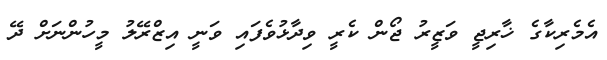
އެމެރިކާގެ ޚާރިޖީ ވަޒީރު ޖޯން ކެރީ ވިދާޅުވެފައި ވަނީ އިޒްރޭލު މީހުންނަށް ދޭ